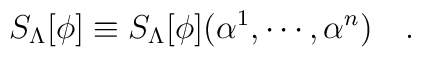
S_\Lambda[\phi]\equiv S_\Lambda[\phi]( \alpha^1,\cdots,\alpha^n)\quad.